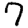
Digit: 7